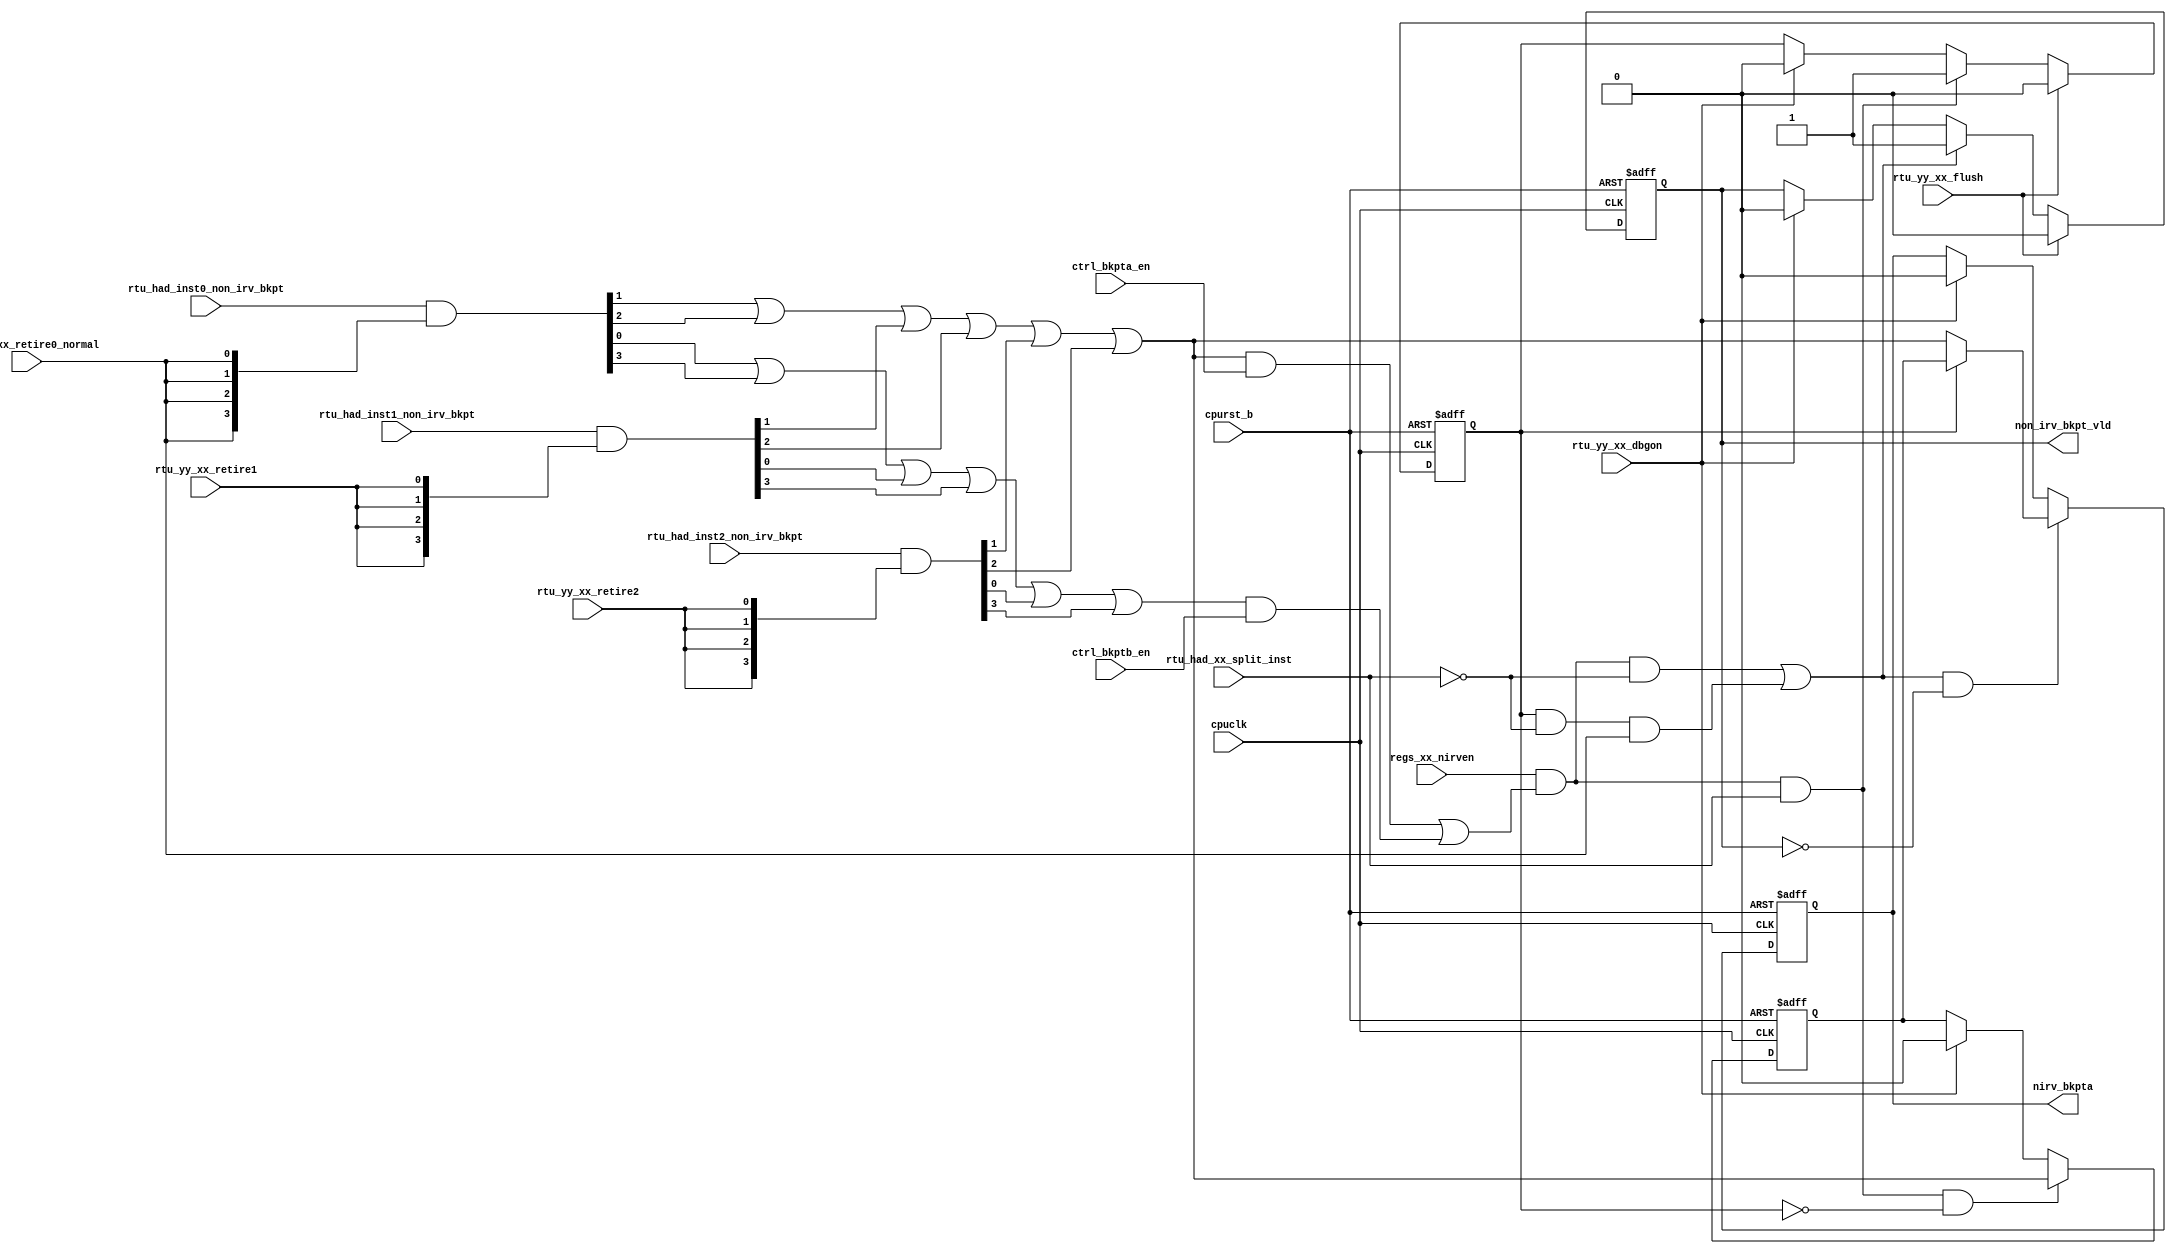
/*Copyright 2019-2021 T-Head Semiconductor Co., Ltd.

Licensed under the Apache License, Version 2.0 (the "License");
you may not use this file except in compliance with the License.
You may obtain a copy of the License at

    http://www.apache.org/licenses/LICENSE-2.0

Unless required by applicable law or agreed to in writing, software
distributed under the License is distributed on an "AS IS" BASIS,
WITHOUT WARRANTIES OR CONDITIONS OF ANY KIND, either express or implied.
See the License for the specific language governing permissions and
limitations under the License.
*/

// &ModuleBeg; @23
module ct_had_nirv_bkpt(
  cpuclk,
  cpurst_b,
  ctrl_bkpta_en,
  ctrl_bkptb_en,
  nirv_bkpta,
  non_irv_bkpt_vld,
  regs_xx_nirven,
  rtu_had_inst0_non_irv_bkpt,
  rtu_had_inst1_non_irv_bkpt,
  rtu_had_inst2_non_irv_bkpt,
  rtu_had_xx_split_inst,
  rtu_yy_xx_dbgon,
  rtu_yy_xx_flush,
  rtu_yy_xx_retire0_normal,
  rtu_yy_xx_retire1,
  rtu_yy_xx_retire2
);

// &Ports; @24
input          cpuclk;                    
input          cpurst_b;                  
input          ctrl_bkpta_en;             
input          ctrl_bkptb_en;             
input          regs_xx_nirven;            
input   [3:0]  rtu_had_inst0_non_irv_bkpt; 
input   [3:0]  rtu_had_inst1_non_irv_bkpt; 
input   [3:0]  rtu_had_inst2_non_irv_bkpt; 
input          rtu_had_xx_split_inst;     
input          rtu_yy_xx_dbgon;           
input          rtu_yy_xx_flush;           
input          rtu_yy_xx_retire0_normal;  
input          rtu_yy_xx_retire1;         
input          rtu_yy_xx_retire2;         
output         nirv_bkpta;                
output         non_irv_bkpt_vld;          

// &Regs; @25
reg            nirv_bkpt_pending;         
reg            nirv_bkpta;                
reg            nirv_bkpta_pending;        
reg            non_irv_bkpt_vld;          

// &Wires; @26
wire           cpuclk;                    
wire           cpurst_b;                  
wire           ctrl_bkpta_en;             
wire           ctrl_bkptb_en;             
wire    [3:0]  inst0_non_irv_bkpt;        
wire    [3:0]  inst1_non_irv_bkpt;        
wire    [3:0]  inst2_non_irv_bkpt;        
wire           kbpt_occur;                
wire           nirv_bkpt_occur_raw;       
wire           nirv_bkpta_occur;          
wire           nirv_bkpta_sel;            
wire           nirv_bkptb_occur;          
wire           regs_xx_nirven;            
wire    [3:0]  rtu_had_inst0_non_irv_bkpt; 
wire    [3:0]  rtu_had_inst1_non_irv_bkpt; 
wire    [3:0]  rtu_had_inst2_non_irv_bkpt; 
wire           rtu_had_xx_split_inst;     
wire           rtu_yy_xx_dbgon;           
wire           rtu_yy_xx_flush;           
wire           rtu_yy_xx_retire0_normal;  
wire           rtu_yy_xx_retire1;         
wire           rtu_yy_xx_retire2;         


assign inst0_non_irv_bkpt[3:0] = rtu_had_inst0_non_irv_bkpt[3:0] & {4{rtu_yy_xx_retire0_normal}};
assign inst1_non_irv_bkpt[3:0] = rtu_had_inst1_non_irv_bkpt[3:0] & {4{rtu_yy_xx_retire1}};
assign inst2_non_irv_bkpt[3:0] = rtu_had_inst2_non_irv_bkpt[3:0] & {4{rtu_yy_xx_retire2}};

assign nirv_bkpta_occur = inst0_non_irv_bkpt[1] || inst0_non_irv_bkpt[2] ||
                          inst1_non_irv_bkpt[1] || inst1_non_irv_bkpt[2] ||
                          inst2_non_irv_bkpt[1] || inst2_non_irv_bkpt[2];

assign nirv_bkptb_occur = inst0_non_irv_bkpt[0] || inst0_non_irv_bkpt[3] ||
                          inst1_non_irv_bkpt[0] || inst1_non_irv_bkpt[3] ||
                          inst2_non_irv_bkpt[0] || inst2_non_irv_bkpt[3];

assign kbpt_occur = regs_xx_nirven && 
                    (nirv_bkpta_occur && ctrl_bkpta_en || nirv_bkptb_occur && ctrl_bkptb_en) ;

always @(posedge cpuclk or negedge cpurst_b)
begin
  if(!cpurst_b)
    nirv_bkpt_pending <= 1'b0;
  else if (rtu_yy_xx_flush)
    nirv_bkpt_pending <= 1'b0;
  else if (kbpt_occur && rtu_had_xx_split_inst)
    nirv_bkpt_pending <= 1'b1;
  else if (rtu_yy_xx_dbgon)
    nirv_bkpt_pending <= 1'b0;
end

always @(posedge cpuclk or negedge cpurst_b)
begin
  if(!cpurst_b)
    nirv_bkpta_pending <= 1'b0;
  else if (kbpt_occur && rtu_had_xx_split_inst && !nirv_bkpt_pending)
    nirv_bkpta_pending <= nirv_bkpta_occur;
  else if (rtu_yy_xx_dbgon)
    nirv_bkpta_pending <= 1'b0;
end

assign nirv_bkpt_occur_raw = kbpt_occur && !rtu_had_xx_split_inst ||
                             nirv_bkpt_pending && !rtu_had_xx_split_inst && rtu_yy_xx_retire0_normal;

// &Force("output","non_irv_bkpt_vld"); @68
always @(posedge cpuclk or negedge cpurst_b)
begin
  if(!cpurst_b)
    non_irv_bkpt_vld <= 1'b0;
  else if (rtu_yy_xx_flush)
    non_irv_bkpt_vld <= 1'b0;
  else if (nirv_bkpt_occur_raw)
    non_irv_bkpt_vld <= 1'b1;
  else if (rtu_yy_xx_dbgon)
    non_irv_bkpt_vld <= 1'b0;
end

assign nirv_bkpta_sel = nirv_bkpt_pending ? nirv_bkpta_pending : nirv_bkpta_occur;

always @(posedge cpuclk or negedge cpurst_b)
begin
  if(!cpurst_b)
    nirv_bkpta <= 1'b0;
  else if (nirv_bkpt_occur_raw && !non_irv_bkpt_vld)
    nirv_bkpta <= nirv_bkpta_sel;
  else if (rtu_yy_xx_dbgon)
    nirv_bkpta <= 1'b0;
end

// &ModuleEnd; @93
endmodule